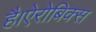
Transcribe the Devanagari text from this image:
है।ऐरोबिक्स